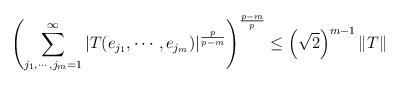
LaTeX: \begin{align*}\left( \sum_{j_{1},\cdots,j_{m}=1}^{\infty}\left\vert T(e_{j_{1}},\cdots,e_{j_{m}})\right\vert ^{\frac{p}{p-m}}\right) ^{\frac{p-m}{p}}\leq\left( \sqrt{2}\right) ^{m-1}\left\Vert T\right\Vert \end{align*}